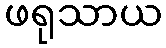
ဖရုသာယ